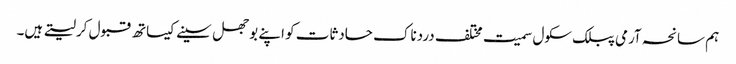
ہم سانحہ آرمی پبلک سکول سمیت مختلف دردناک حادثات کو اپنے بوجھل سینے کیساتھ قبول کرلیتے ہیں۔